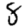
Digit: 8